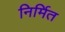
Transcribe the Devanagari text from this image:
निर्मित